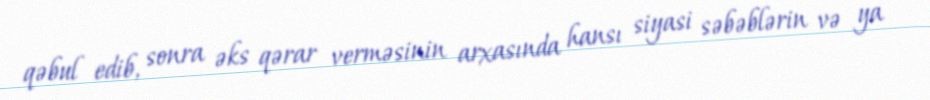
qəbul edib, sonra əks qərar verməsinin arxasında hansı siyasi səbəblərin və ya